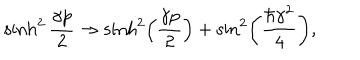
\sinh ^ { 2 } \frac { \gamma p } { 2 } \rightarrow \sinh ^ { 2 } \left( \frac { \gamma p } { 2 } \right) + \sin ^ { 2 } \left( \frac { \hbar \gamma ^ { 2 } } { 4 } \right) ,